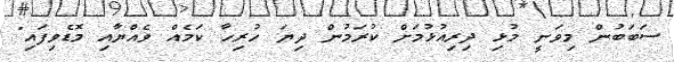
ސަބަބުން މިވަނީ މުޅި ދިރިއުޅުމަށް ކުރަމުން ދިޔަ ހުރިހާ ކަމެއް ވެއްޔާއި މޮޑެވިފައި"